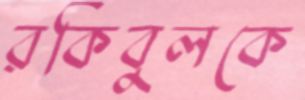
রকিবুলকে